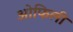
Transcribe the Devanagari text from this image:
ओफिली